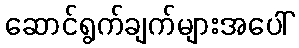
ဆောင်ရွက်ချက်များအပေါ်